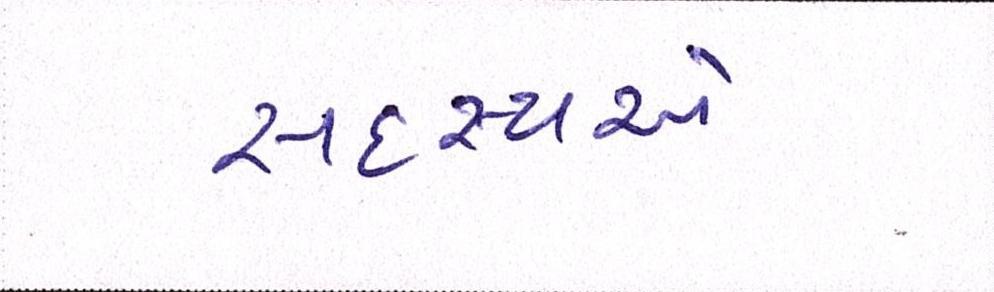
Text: સદસ્યએ